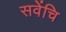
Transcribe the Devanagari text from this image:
सवेंचि